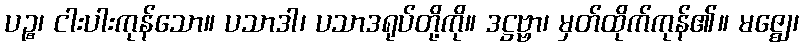
ပဉ္စ၊ ငါးပါးကုန်သော။ ပသာဒါ၊ ပသာဒရုပ်တို့ကို။ ဒဋ္ဌဗ္ဗာ၊ မှတ်ထိုက်ကုန်၏။ မဇ္ဈေ၊